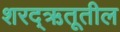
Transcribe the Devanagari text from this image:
शरद्‌ऋतूतील